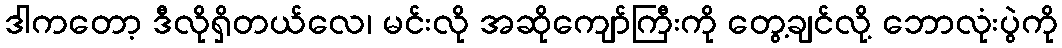
ဒါကတော့ ဒီလိုရှိတယ်လေ၊ မင်းလို အဆိုကျော်ကြီးကို တွေ့ချင်လို့ ဘောလုံးပွဲကို